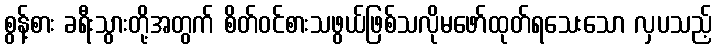
စွန့်စား ခရီးသွားတို့အတွက် စိတ်ဝင်စားသဖွယ်ဖြစ်သလိုမဖော်ထုတ်ရသေးသော လှပသည့်